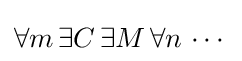
\forall m\,\exists C\,\exists M\,\forall n\,\cdots